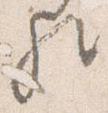
歟